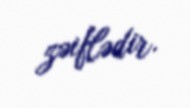
zəiflədir.